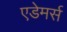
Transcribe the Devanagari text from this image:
एडेमर्स